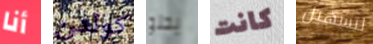
أنا كولدن يحلو كانت لتسهيل